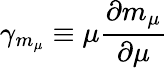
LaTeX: \gamma_{m_{\mu}}\equiv\mu\frac{\partial m_{\mu}}{\partial\mu}